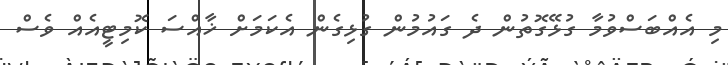
މި އެއްބަސްވުމާ ގުޅޭގޮތުން ދެ ގައުމުން ގުޅިގެން އެކަމަށް ޚާއްސަ ކޮމިޓީއެއް ވެސް